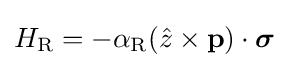
H_{\mathrm {R} }=-\alpha _{\rm {R}}({\hat {z}}\times \mathbf {p} )\cdot {\boldsymbol {\sigma }}